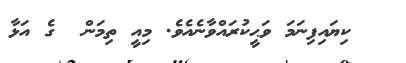
ކިޔައިފިނަމަ ވަޙީކުރައްވާނެއެވެ. މިއީ ތިމަން  ގެ އަޅާ